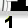
Digit: 1